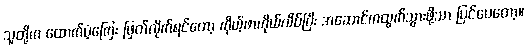
သူတို့က ထောက်ပံ့ကြေး ဖြတ်လိုက်ရင်တော့ ကိုယ့်ဖာကိုယ်လိပ်ပြီး အဆောင်ကထွက်သွားဖို့သာ ပြင်ပေတော့။